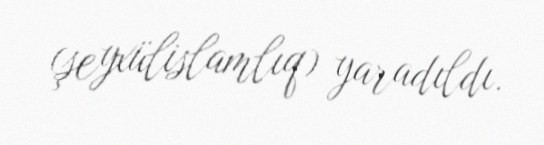
(şeyxülislamlıq) yaradıldı.